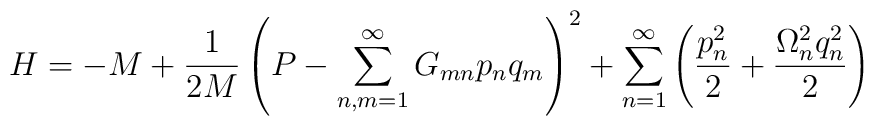
H=-M +\frac{1}{2M}\left(P-\sum_{n,m=1}^{\infty} G_{mn} p_n q_m \right)^2+\sum_{n=1}^{\infty}\left(\frac{p_n^2}{2}+\frac{\Omega_n^2 q^2_n}{2} \right)